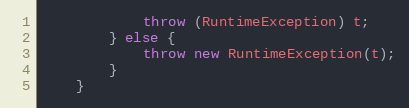
Language: Java
            throw (RuntimeException) t;
        } else {
            throw new RuntimeException(t);
        }
    }